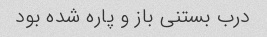
درب بستنی باز و پاره شده بود